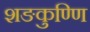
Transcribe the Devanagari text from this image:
शङकुण्णि